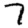
Digit: 7